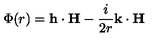
\Phi ( r ) = { \bf h } \cdot { \bf H } - { \frac { i } { 2 r } } { \bf k } \cdot { \bf H }